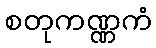
စတုကဏ္ဏကံ